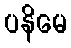
ပနိမေ